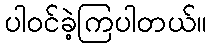
ပါဝင်ခဲ့ကြပါတယ်။